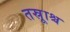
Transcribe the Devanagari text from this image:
तस्रूाश्च